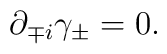
\partial_{\mp i} \gamma_\pm = 0.